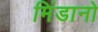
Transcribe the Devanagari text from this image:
मिंडानो